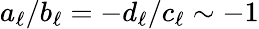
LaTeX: a_{\ell}/b_{\ell}=-d_{\ell}/c_{\ell}\sim-1